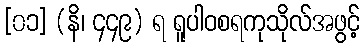
[၀၁] (နိ၊ ၄၄၉) ရ ရူပါဝစရကုသိုလ်အဖွင့်